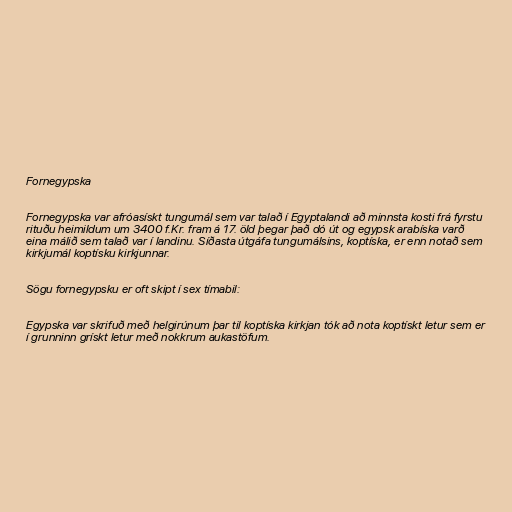
Fornegypska

Fornegypska var afróasískt tungumál sem var talað í Egyptalandi að minnsta kosti frá fyrstu
rituðu heimildum um 3400 f.Kr. fram á 17. öld þegar það dó út og egypsk arabíska varð
eina málið sem talað var í landinu. Síðasta útgáfa tungumálsins, koptíska, er enn notað sem
kirkjumál koptísku kirkjunnar.

Sögu fornegypsku er oft skipt í sex tímabil:

Egypska var skrifuð með helgirúnum þar til koptíska kirkjan tók að nota koptískt letur sem er
í grunninn grískt letur með nokkrum aukastöfum.